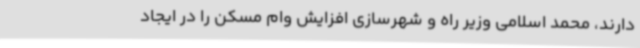
دارند، محمد اسلامی وزیر راه و شهرسازی افزایش وام مسکن را در ایجاد